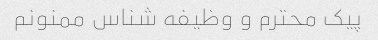
پیک محترم و وظیفه شناس ممنونم